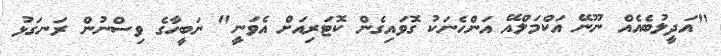
"އަދީލުބެއެއް ނޫނޭ އަކްމަލްއޭ އަންހެނަކު ގޮވައިގެން ކޮޓަރިއަށް އެވަނީ" ނަބީހާގެ ވިސްނުން ރަނގަޅު